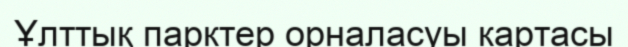
Ұлттық парктер орналасуы картасы